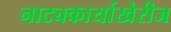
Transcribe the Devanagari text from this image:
नाट्यकार्याखेरीज